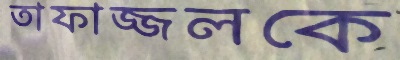
তাফাজ্জলকে